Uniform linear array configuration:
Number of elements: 48
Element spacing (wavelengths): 1
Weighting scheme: blackman
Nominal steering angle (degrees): -60
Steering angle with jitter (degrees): -59.618
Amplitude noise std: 0.05
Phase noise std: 0.05

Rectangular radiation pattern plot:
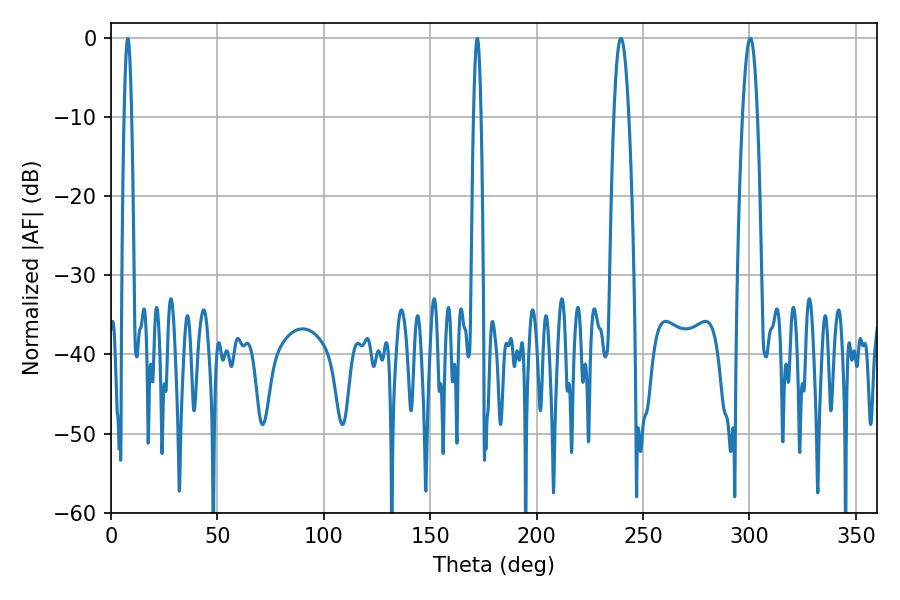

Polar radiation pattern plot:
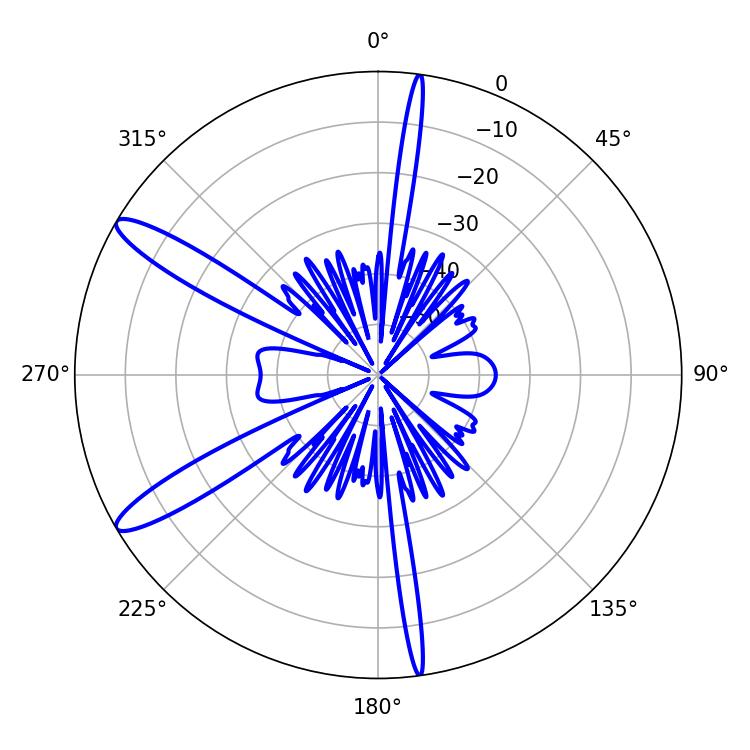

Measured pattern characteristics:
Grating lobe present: TRUE
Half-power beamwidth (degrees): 3.78
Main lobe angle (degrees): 239.58